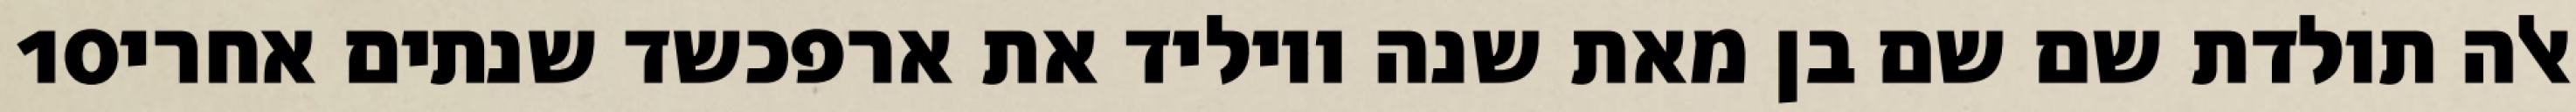
‎10‏ אלה תולדת שם שם בן מאת שנה ויוליד את ארפכשד שנתים אחרי